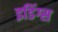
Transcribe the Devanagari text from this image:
इडिंग्स